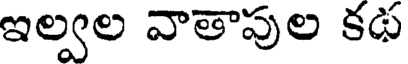
ఇల్వల వాతాపుల కథ